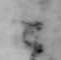
こ